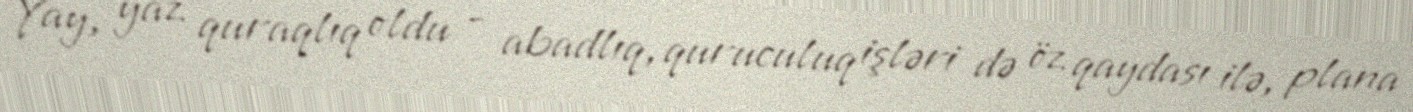
Yay, yaz quraqlıq oldu - abadlıq, quruculuq işləri də öz qaydası ilə, plana